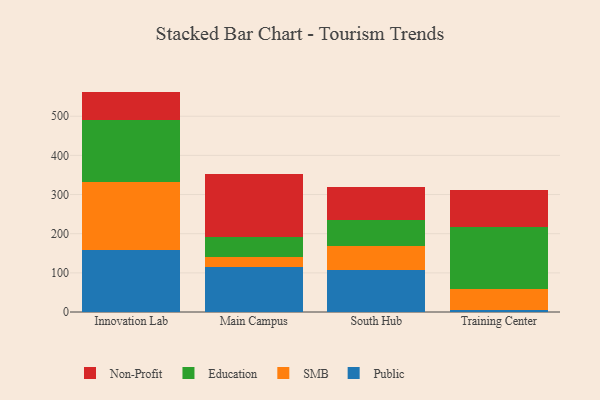
{"axis": {"x": "Campus", "y": "Headcount"}, "legend": ["Education", "Non-Profit", "Public", "SMB"], "data": [{"x": "Innovation Lab", "y": 159.3, "type": "Public"}, {"x": "Innovation Lab", "y": 172.1, "type": "SMB"}, {"x": "Innovation Lab", "y": 158.4, "type": "Education"}, {"x": "Innovation Lab", "y": 73.1, "type": "Non-Profit"}, {"x": "Main Campus", "y": 114.0, "type": "Public"}, {"x": "Main Campus", "y": 26.0, "type": "SMB"}, {"x": "Main Campus", "y": 50.8, "type": "Education"}, {"x": "Main Campus", "y": 162.5, "type": "Non-Profit"}, {"x": "South Hub", "y": 106.2, "type": "Public"}, {"x": "South Hub", "y": 62.6, "type": "SMB"}, {"x": "South Hub", "y": 65.0, "type": "Education"}, {"x": "South Hub", "y": 84.3, "type": "Non-Profit"}, {"x": "Training Center", "y": 5.8, "type": "Public"}, {"x": "Training Center", "y": 52.6, "type": "SMB"}, {"x": "Training Center", "y": 158.1, "type": "Education"}, {"x": "Training Center", "y": 95.1, "type": "Non-Profit"}]}